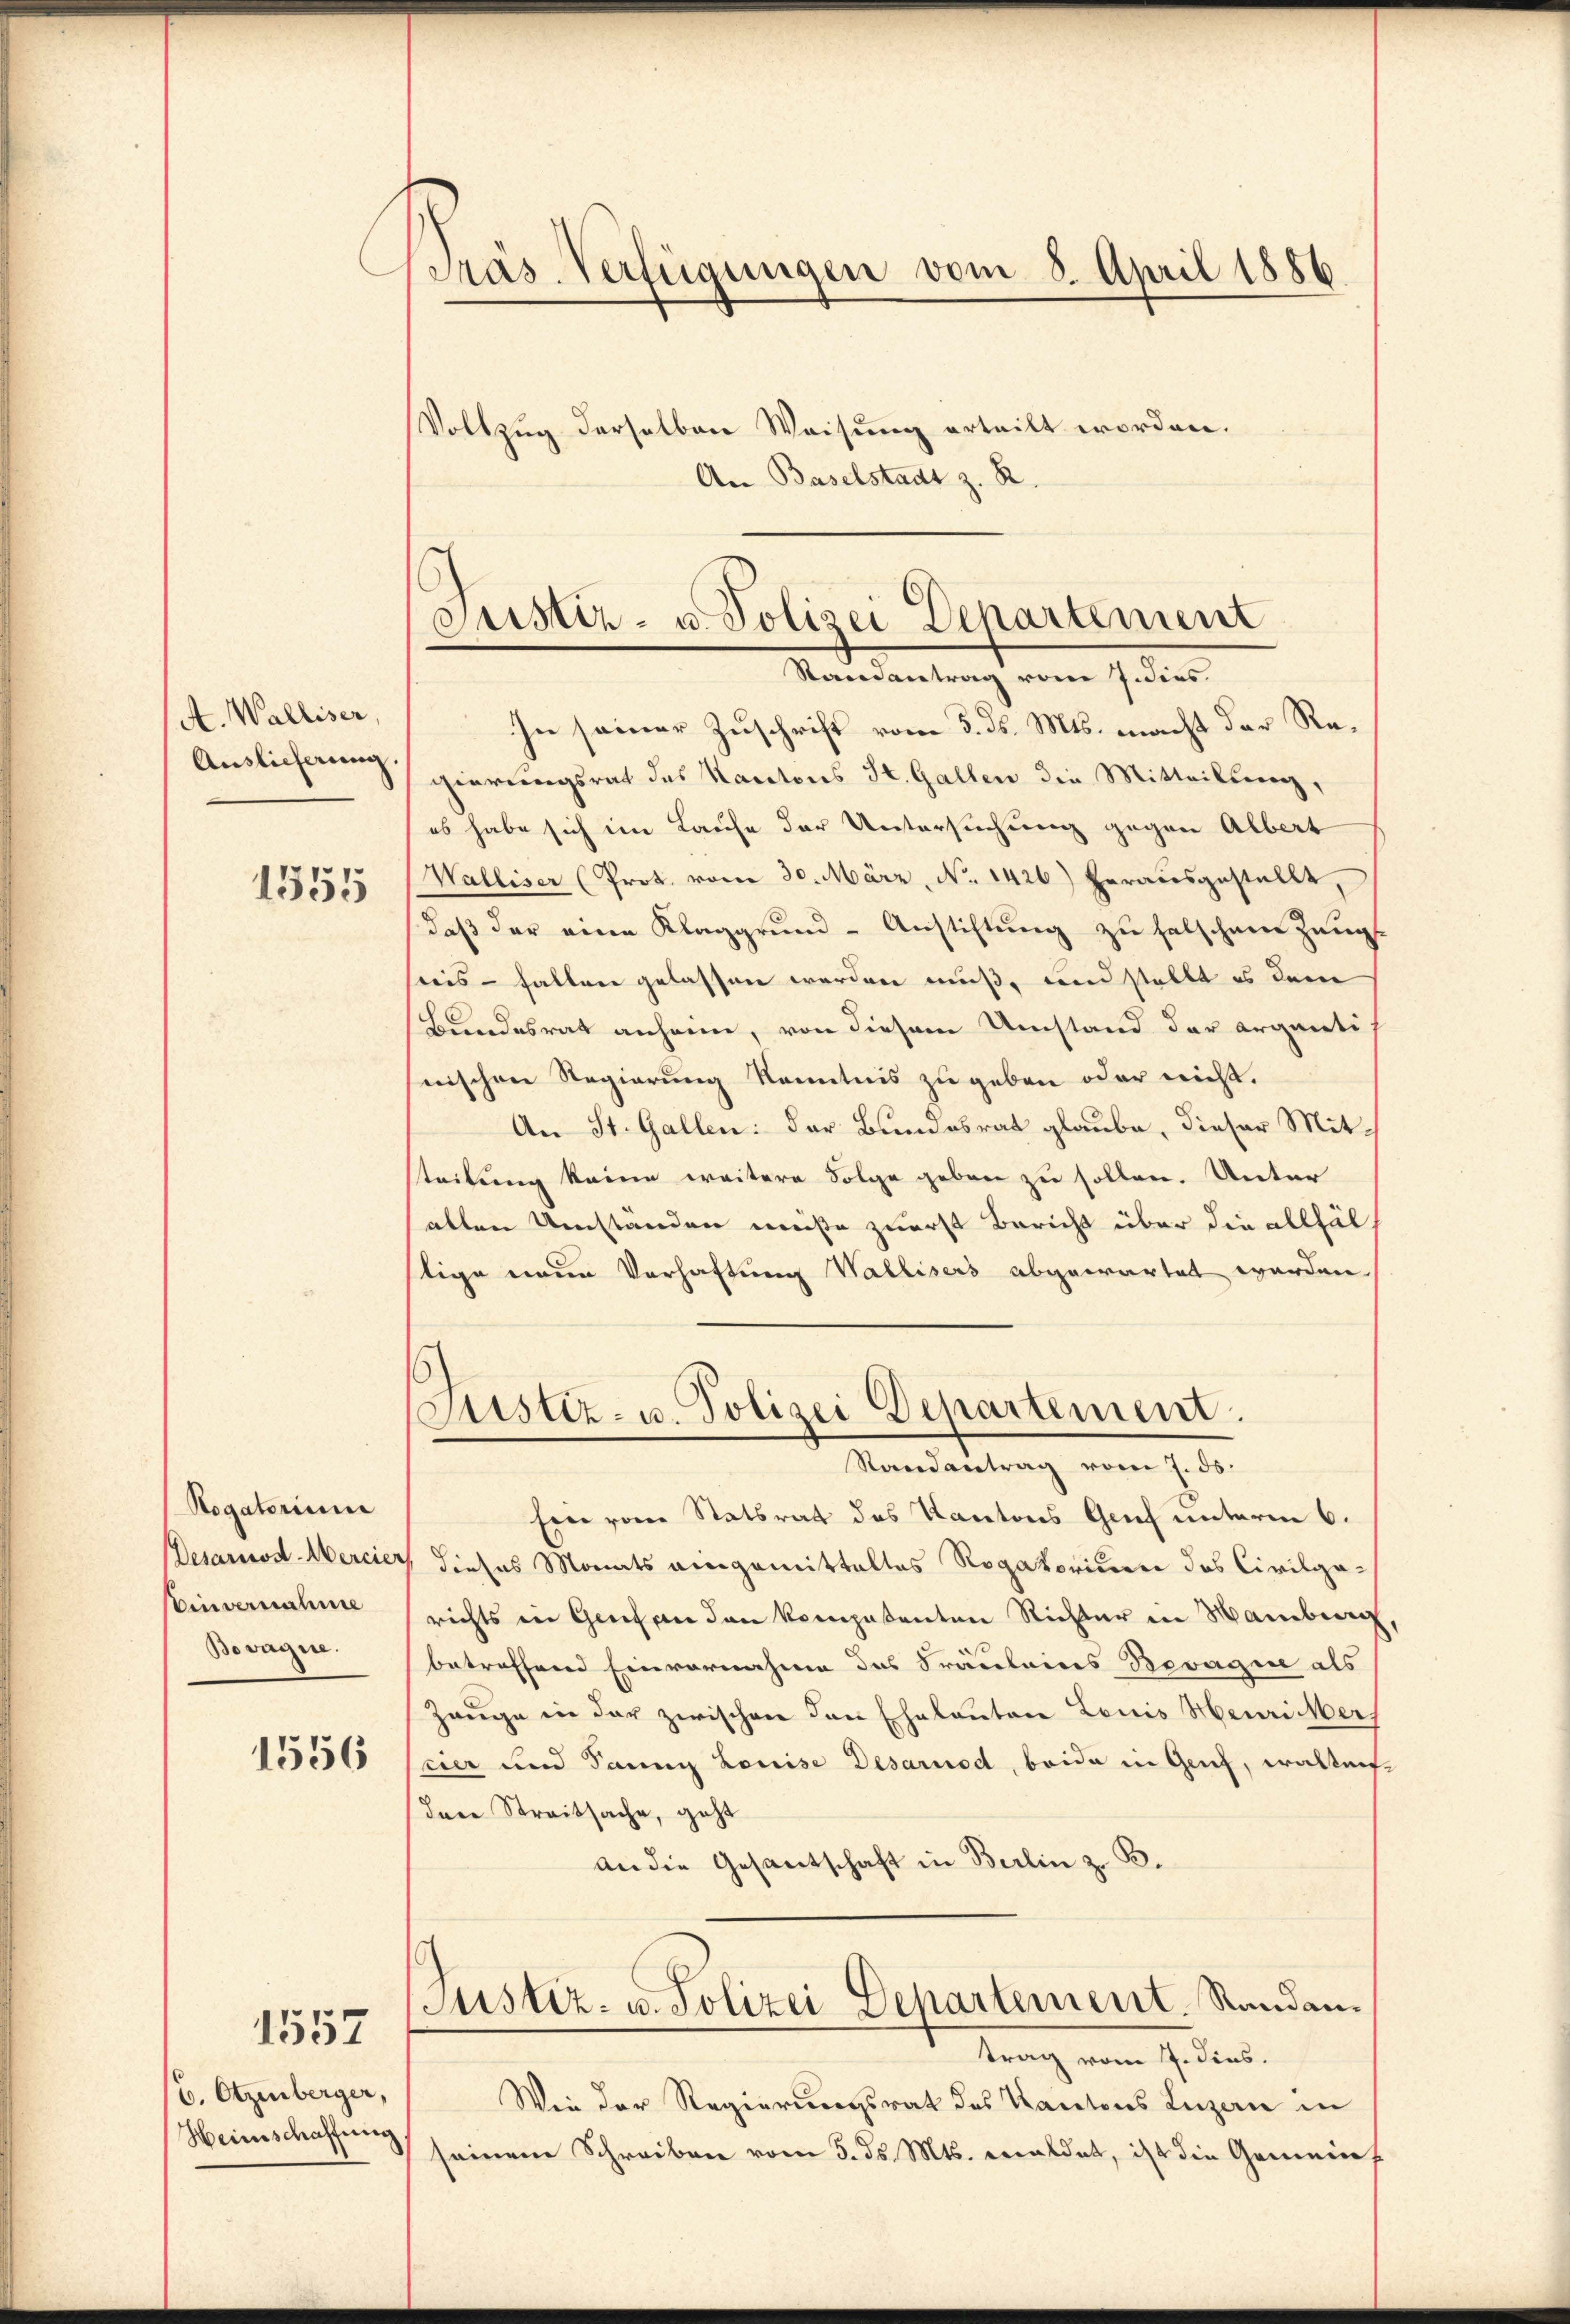
A. Walliser,
Auslieferung.

1555

Rogatorium
Desarnod-Mercie
Einvernahme
Bevagne.

1556

b. Otzenberger,
Heimschaffung

1557

Pras. Verfügungen vom 8. April 1886.
Vollzug derselben Weisung erteilt worden.

An Baselstadt z. R.

Justiz- u. Polizei Departement
Randantrag vom 7. dies

.
Justiz- u. Polizei Departement.
Randantrag vom 7. ds.

In seiner Zuschrift vom 5. ds. Mts. macht der Regierungsrat des Kantons St. Gallen die Mitteilung,
es habe sich im Laufe der Untersuchung gegen Albert
Walliser (Prot. vom 30. März, No 1426) herausgestellt,
daß der eine Klaggrund- Anstiftung zu falschen Zeug
reis - halten gelassen werden muß, und stellt es dem
Bundesrat anheim, von diesem Umstand der argareti
nischen Regierung Kenntnis zu geben oder nicht.
An St. Gallen: der Bundesrat glaube, dieser Mitsteilung keine weitere Folge geben zu sollen. Unter
allen Umständen müste zuerst Bericht über die allfäl
stige neue Verhaftung Wallisers abgewartet werden.
Ein von Statsrat des Kantons Grief unterm 6.
 dieses Monats eingemittelles Rogatorium des Civilgarichts in Genf an den komposanten Richter in Hamburg
betreffend Einvernahme das Fräuleines Bevagire als
Zeuge in der zwischen den Eheleuten Louis Meurier
cier und Sanny Louise Desarnod, beide in Genf, walten
dare Streitsache, geht
an die Gesantschaft in Berlin z. B.
Justiz- u. Polizei Departement. Randantrag vom 7. dies.
Wie der Regierungsrat des Kantons Luzern in
seinem Schreiben vom 5. ds. Mts. meldet, ist die Gemeins